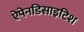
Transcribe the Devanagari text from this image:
ऐपेनडिसाइटिश